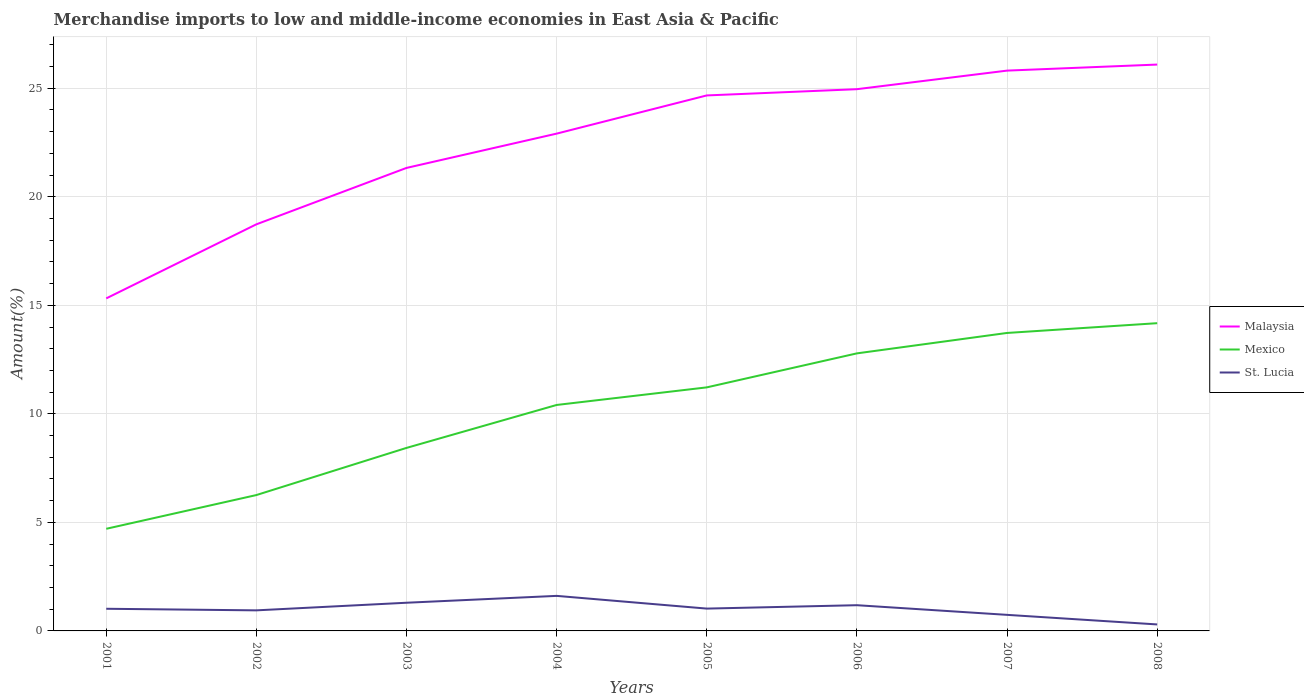
| Years | Malaysia | Mexico | St. Lucia |
 | --- | --- | --- | --- |
 | 2001 | 15.3 | 4.71 | 1.02 |
 | 2002 | 18.7 | 6.26 | 0.948 |
 | 2003 | 21.3 | 8.43 | 1.3 |
 | 2004 | 22.9 | 10.4 | 1.61 |
 | 2005 | 24.7 | 11.2 | 1.03 |
 | 2006 | 25 | 12.8 | 1.18 |
 | 2007 | 25.8 | 13.7 | 0.74 |
 | 2008 | 26.1 | 14.2 | 0.299 |